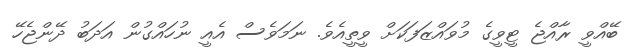
ބޭއްވީ ރާއްޖެ ޓީވީގެ މުވައްޒަފަކަށް ވީތީއެވެ. ނަމަވެސް އެއީ ނުހައްގުން އަދަބު ދޭންޖެހޭ